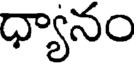
ధ్యానం